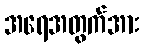
အရေအတွက်အား